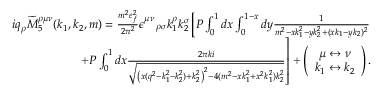
\begin{array} { r l r } & { } & { i q _ { \rho } \widetilde { M } _ { 5 } ^ { \rho \mu \nu } ( k _ { 1 } , k _ { 2 } , m ) = \frac { m ^ { 2 } e _ { f } ^ { 2 } } { 2 \pi ^ { 2 } } \epsilon _ { \quad \rho \sigma } ^ { \mu \nu } k _ { 1 } ^ { \rho } k _ { 2 } ^ { \sigma } \left[ P \int _ { 0 } ^ { 1 } d x \int _ { 0 } ^ { 1 - x } d y \frac { 1 } { m ^ { 2 } - x k _ { 1 } ^ { 2 } - y k _ { 2 } ^ { 2 } + ( x k _ { 1 } - y k _ { 2 } ) ^ { 2 } } \right. } \\ & { } & { \left. + P \int _ { 0 } ^ { 1 } d x \frac { 2 \pi k i } { \sqrt { \left( x ( q ^ { 2 } - k _ { 1 } ^ { 2 } - k _ { 2 } ^ { 2 } ) + k _ { 2 } ^ { 2 } \right) ^ { 2 } - 4 ( m ^ { 2 } - x k _ { 1 } ^ { 2 } + x ^ { 2 } k _ { 1 } ^ { 2 } ) k _ { 2 } ^ { 2 } } } \right] + \left( \begin{array} { c } { \mu \leftrightarrow \nu } \\ { k _ { 1 } \leftrightarrow k _ { 2 } } \end{array} \right) . } \end{array}